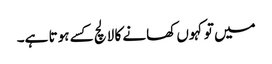
میں تو کہوں کھانے کا لالچ کسے ہوتا ہے۔